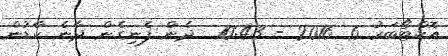
އޮކްޓޯބަރު 6